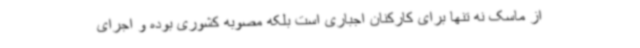
از ماسک نه تنها برای کارکنان اجباری است بلکه مصوبه کشوری بوده و اجرای